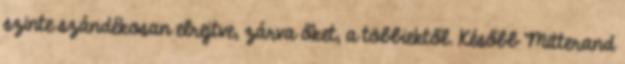
szinte szándékosan elrejtve, zárva őket, a többiektől. Később Mitterand